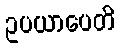
ဥပယာပေတိ